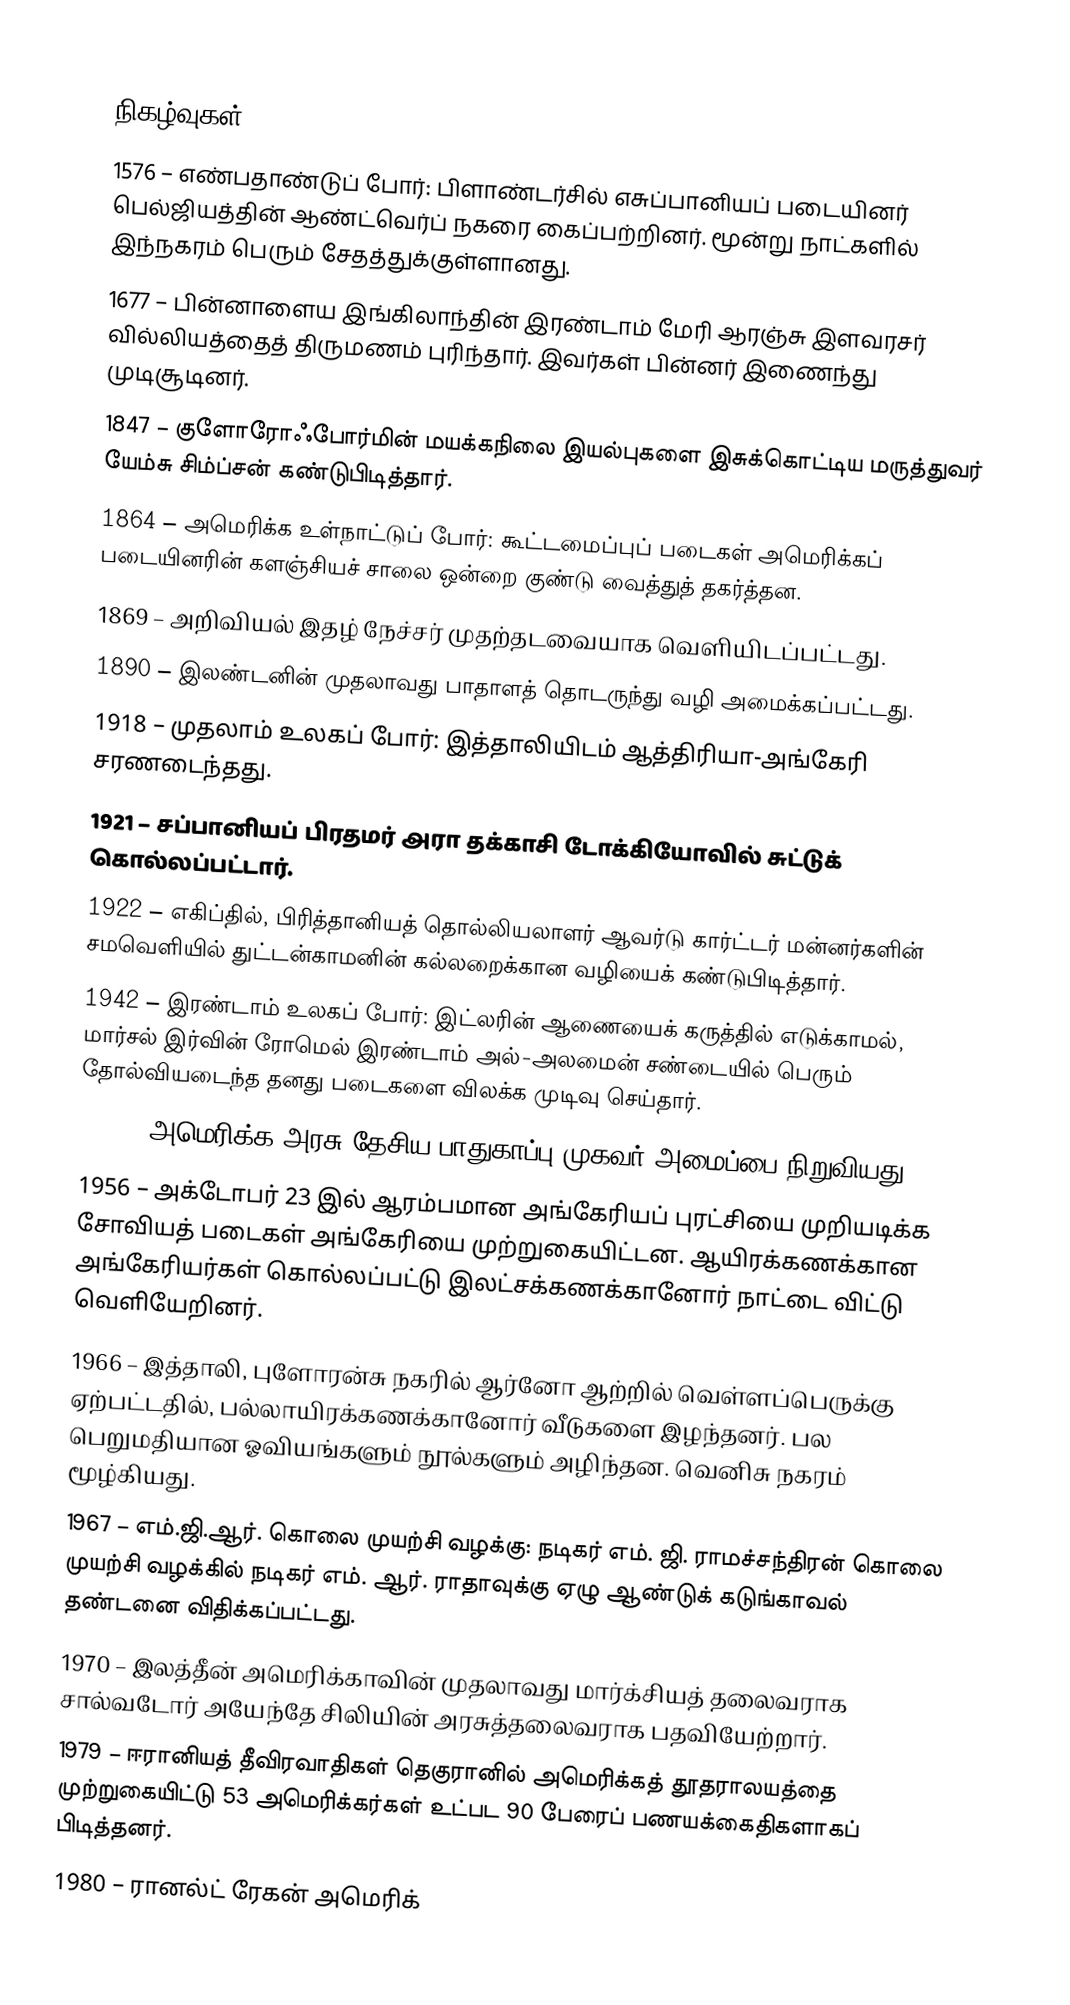

நிகழ்வுகள்
1576 – எண்பதாண்டுப் போர்: பிளாண்டர்சில் எசுப்பானியப் படையினர் பெல்ஜியத்தின் ஆண்ட்வெர்ப் நகரை கைப்பற்றினர். மூன்று நாட்களில் இந்நகரம் பெரும் சேதத்துக்குள்ளானது.
1677 – பின்னாளைய இங்கிலாந்தின் இரண்டாம் மேரி ஆரஞ்சு இளவரசர் வில்லியத்தைத் திருமணம் புரிந்தார். இவர்கள் பின்னர் இணைந்து முடிசூடினர்.
1847 – குளோரோஃபோர்மின் மயக்கநிலை இயல்புகளை இசுக்கொட்டிய மருத்துவர் யேம்சு சிம்ப்சன் கண்டுபிடித்தார்.
1864 – அமெரிக்க உள்நாட்டுப் போர்: கூட்டமைப்புப் படைகள் அமெரிக்கப் படையினரின் களஞ்சியச் சாலை ஒன்றை குண்டு வைத்துத் தகர்த்தன.
1869 – அறிவியல் இதழ் நேச்சர் முதற்தடவையாக வெளியிடப்பட்டது.
1890 – இலண்டனின் முதலாவது பாதாளத் தொடருந்து வழி அமைக்கப்பட்டது.
1918 – முதலாம் உலகப் போர்: இத்தாலியிடம் ஆத்திரியா-அங்கேரி சரணடைந்தது.
1921 – சப்பானியப் பிரதமர் அரா தக்காசி டோக்கியோவில் சுட்டுக் கொல்லப்பட்டார்.
1922 – எகிப்தில், பிரித்தானியத் தொல்லியலாளர் ஆவர்டு கார்ட்டர் மன்னர்களின் சமவெளியில் துட்டன்காமனின் கல்லறைக்கான வழியைக் கண்டுபிடித்தார்.
1942 – இரண்டாம் உலகப் போர்: இட்லரின் ஆணையைக் கருத்தில் எடுக்காமல், மார்சல் இர்வின் ரோமெல் இரண்டாம் அல்-அலமைன் சண்டையில் பெரும் தோல்வியடைந்த தனது படைகளை விலக்க முடிவு செய்தார்.
1952 – அமெரிக்க அரசு தேசிய பாதுகாப்பு முகவர் அமைப்பை நிறுவியது.
1956 – அக்டோபர் 23 இல் ஆரம்பமான அங்கேரியப் புரட்சியை முறியடிக்க சோவியத் படைகள் அங்கேரியை முற்றுகையிட்டன. ஆயிரக்கணக்கான அங்கேரியர்கள் கொல்லப்பட்டு இலட்சக்கணக்கானோர் நாட்டை விட்டு வெளியேறினர்.
1966 – இத்தாலி, புளோரன்சு நகரில் ஆர்னோ ஆற்றில் வெள்ளப்பெருக்கு ஏற்பட்டதில், பல்லாயிரக்கணக்கானோர் வீடுகளை இழந்தனர். பல பெறுமதியான ஓவியங்களும் நூல்களும் அழிந்தன. வெனிசு நகரம் மூழ்கியது.
1967 – எம்.ஜி.ஆர். கொலை முயற்சி வழக்கு: நடிகர் எம். ஜி. ராமச்சந்திரன் கொலை முயற்சி வழக்கில் நடிகர் எம். ஆர். ராதாவுக்கு ஏழு ஆண்டுக் கடுங்காவல் தண்டனை விதிக்கப்பட்டது.
1970 – இலத்தீன் அமெரிக்காவின் முதலாவது மார்க்சியத் தலைவராக சால்வடோர் அயேந்தே சிலியின் அரசுத்தலைவராக பதவியேற்றார்.
1979 – ஈரானியத் தீவிரவாதிகள் தெகுரானில் அமெரிக்கத் தூதராலயத்தை முற்றுகையிட்டு 53 அமெரிக்கர்கள் உட்பட 90 பேரைப் பணயக்கைதிகளாகப் பிடித்தனர்.
1980 – ரானல்ட் ரேகன் அமெரிக்